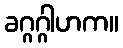
ခဂ္ဂဂ္ဂါဟက။